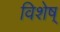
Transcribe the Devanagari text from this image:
विशेष्